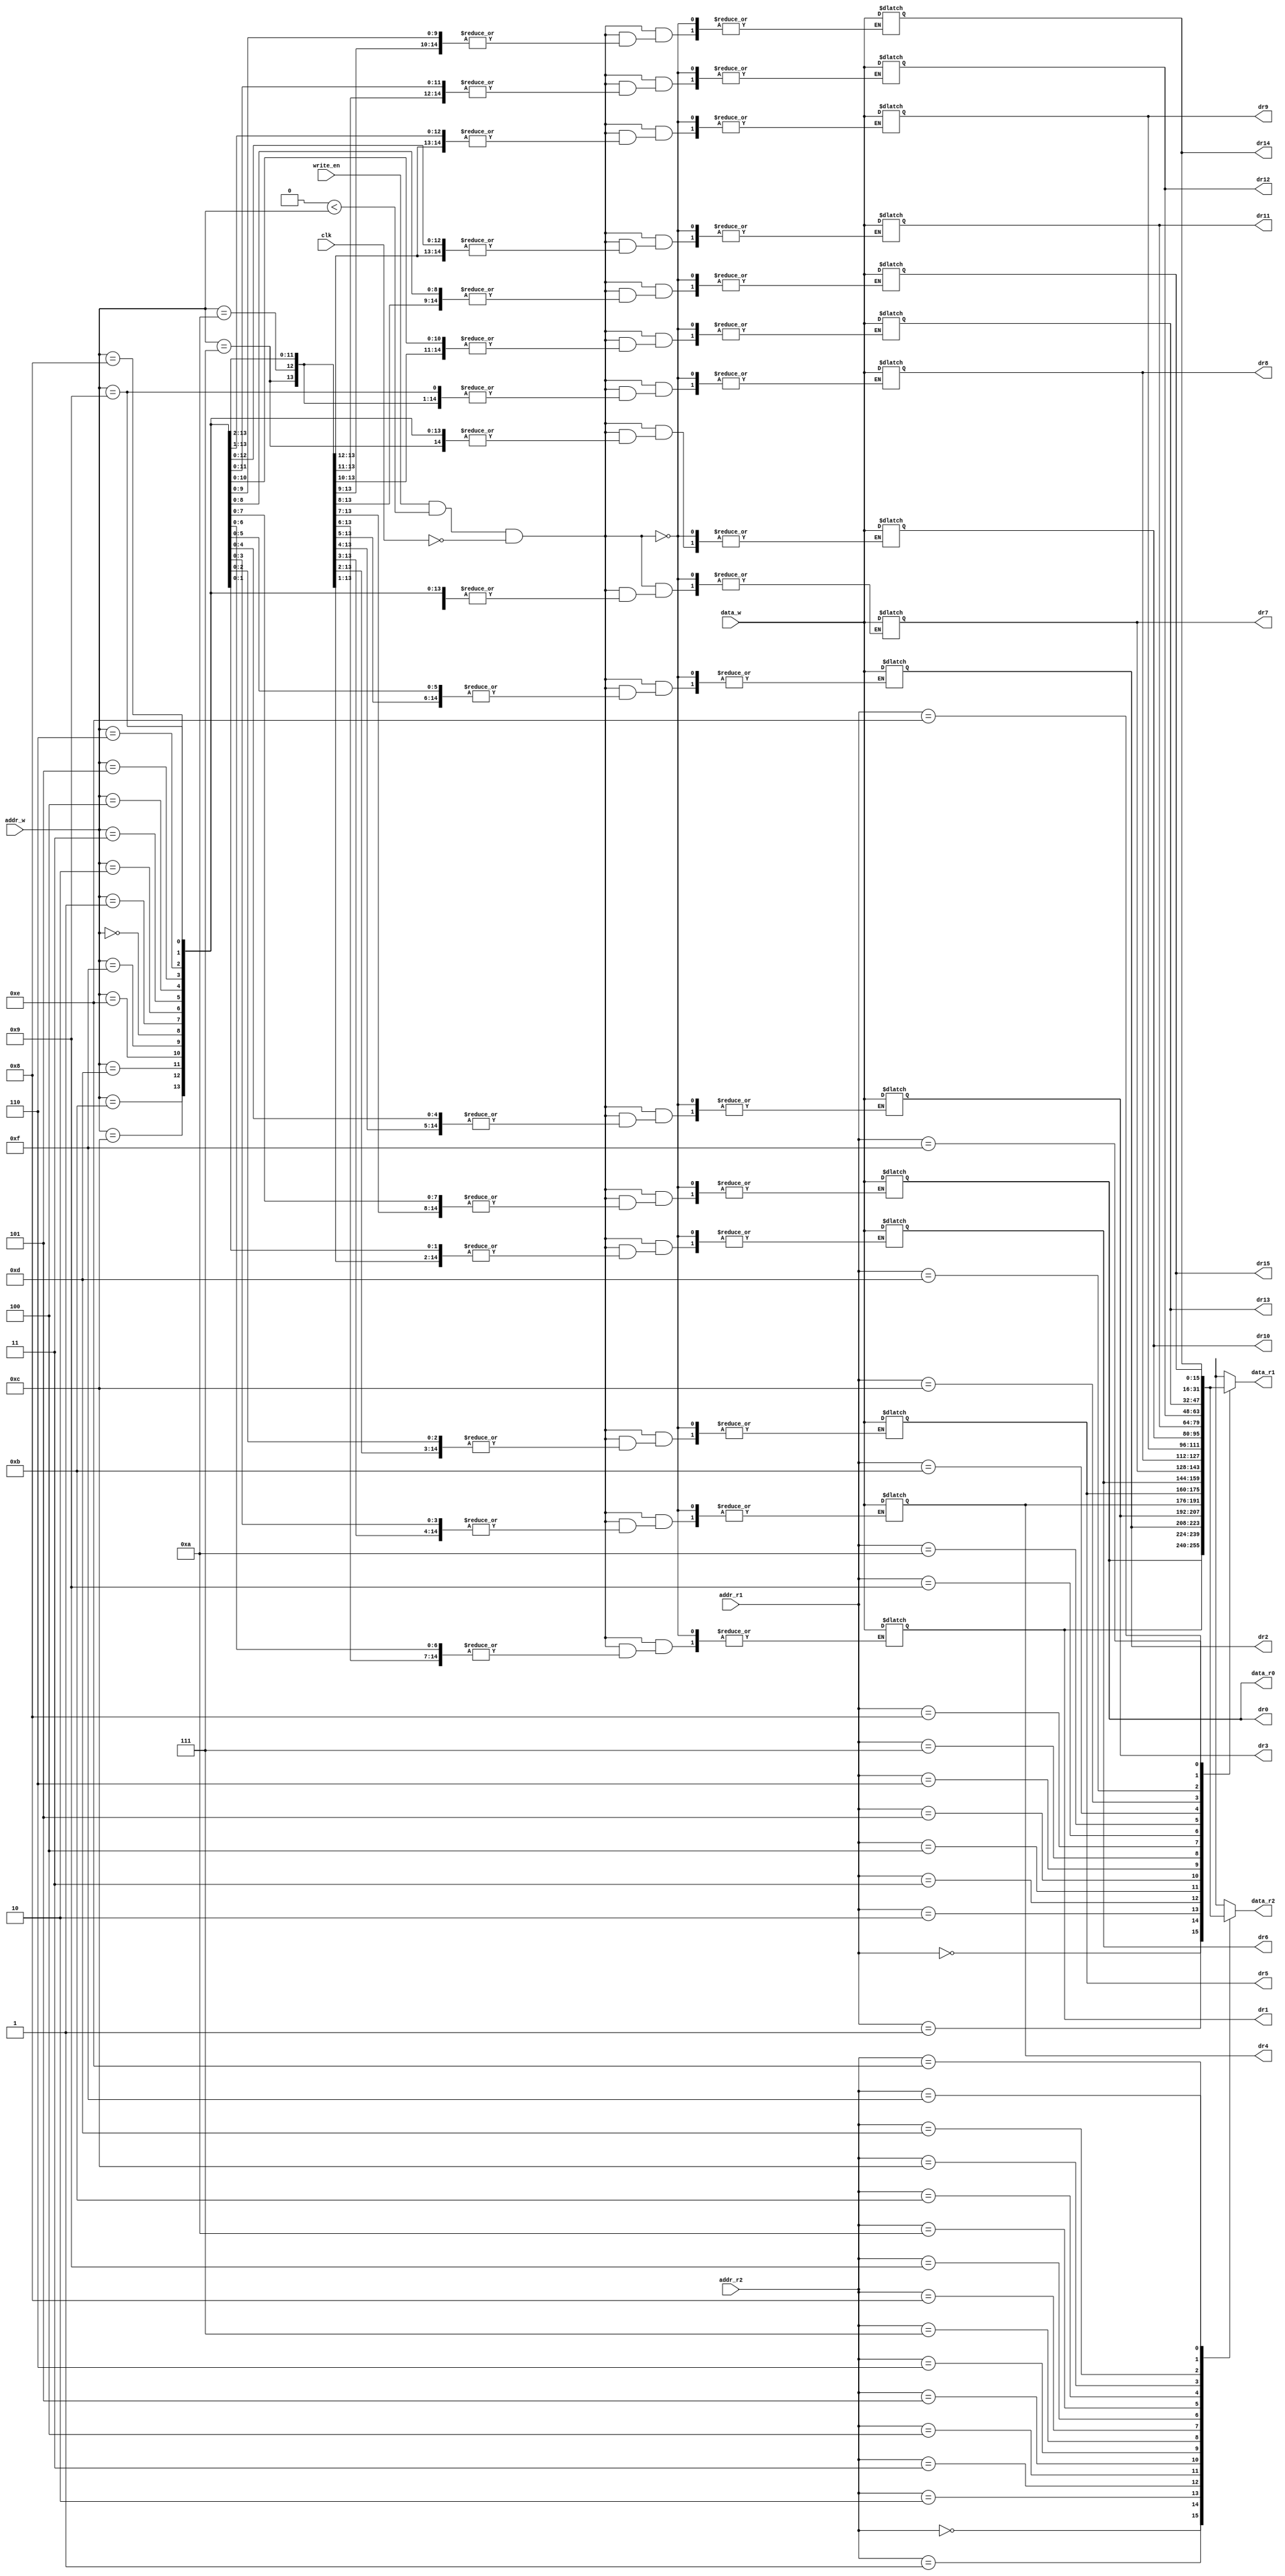
// register files 16 16-bit registers

// if the read and write operates concurrently on the same register.
// both the readout and the register will be assign data_w

module register_file(clk, addr_r1, addr_r2, addr_w, 
  write_en, data_w, data_r1, data_r2, data_r0, dr0, dr1, dr2, dr3, dr4, dr5, dr6, dr7, dr8, dr9,dr10, dr11, dr12, dr13, dr14, dr15);
  input[15:0] data_w;
  input[3:0] addr_r1, addr_r2, addr_w;
  input write_en, clk;
  output[15:0] data_r1, data_r2, data_r0;

  output[15:0] dr0, dr1, dr2, dr3, dr4, dr5, dr6, dr7, dr8, dr9, dr10, dr11, dr12, dr13, dr14, dr15; // output the data of registers used in the program, for debug and test only
  
  reg[15:0] registers[15:0];
  
  initial begin 
    registers[0] = 16'd0;
    /*$dumpfile("registers.vcd");
    $dumpvars(0, register_file);*/
  end

  assign data_r0 = registers[0];
  assign data_r1 = registers[addr_r1];
  assign data_r2 = registers[addr_r2];   
   
  always @(data_w,addr_w,clk) begin
    if (write_en && 0 < addr_w && ~clk) begin // why ~clk? the instr.mem fetched at the posedge, so write the register at the next negaedge to allow half a cycle for the op to be decoded and ready. Otherwise the op of the last instruction will influence the current parameters.
      registers[addr_w] = data_w;
    end
  end

  assign dr0 = registers[0];
  assign dr1 = registers[1];
  assign dr2 = registers[2];
  assign dr3 = registers[3];
  assign dr4 = registers[4];
  assign dr5 = registers[5];
  assign dr6 = registers[6];
  assign dr7 = registers[7];
  assign dr8 = registers[8];
  assign dr9 = registers[9];
  assign dr10 = registers[10];
  assign dr11 = registers[11];
  assign dr12 = registers[12];
  assign dr13 = registers[13];
  assign dr14 = registers[14]; 
  assign dr15 = registers[15];

endmodule